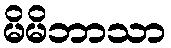
မိမိဘာသာ